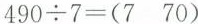
$$4 9 0 \div 7 = ( 7 7 0 )$$